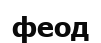
феод